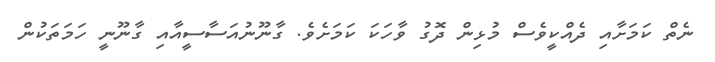
ނެތް ކަމަށާއި ދެއްކީވެސް މުޅިން ދޮގު ވާހަކަ ކަމަށެވެ. ގާނޫނުއަސާސީއާއި ގާނޫނީ ހަމަތަކުން